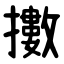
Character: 擻